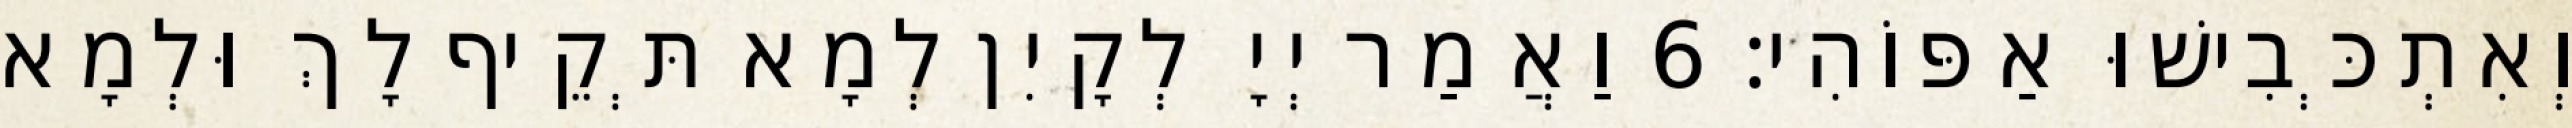
וְאִתְכְּבִישׁוּ אַפּוֹהִי׃ 6 וַאֲמַר יְיָ לְקָיִן לְמָא תְּקֵיף לָךְ וּלְמָא